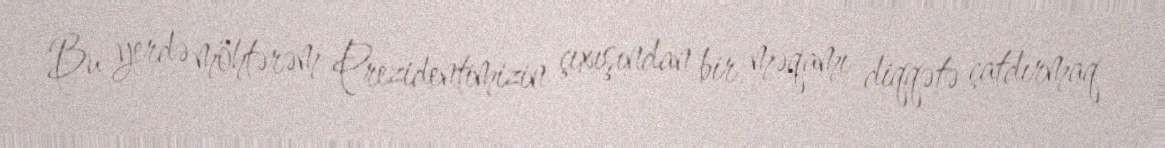
Bu yerdə möhtərəm Prezidentimizin çıxışından bir məqamı diqqətə çatdır­maq